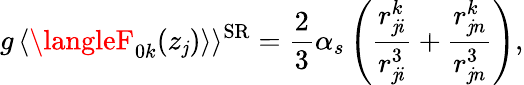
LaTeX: g\, \langle\langleF_{0k}(z_{\mathit{j}})\rangle\rangle^{\mathrm{{SR}}}=\frac{{2}}{{3}}\alpha_{s}\left(\frac{{r_{\mathit{j}i}^{k}}}{{r_{\mathit{j}i}^{3}}}+\frac{{r_{\mathit{j}n}^{k}}}{{r_{\mathit{j}n}^{3}}}\right),